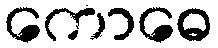
ကောဓေ